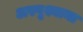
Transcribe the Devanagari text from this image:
अस्पृश्याना